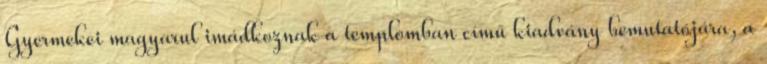
Gyermekei magyarul imádkoznak a templomban című kiadvány bemutatójára, a